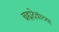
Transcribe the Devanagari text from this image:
ब्रह्मदेवांच्या